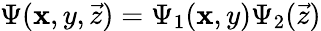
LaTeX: \Psi(\mathbf{x},y,\vec{{z}})=\Psi_{1}(\mathbf{x},y)\Psi_{2}(\vec{{z}})